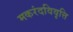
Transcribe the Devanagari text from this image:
मकरंदविवृत्ति